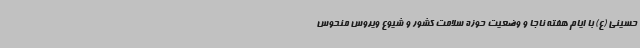
حسینی (ع) با ایام هفته ناجا و وضعیت حوزه سلامت کشور و شیوع ویروس منحوس